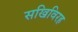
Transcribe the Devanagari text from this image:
सखिविरह